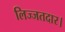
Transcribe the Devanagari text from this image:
लिज्जतदार।